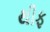
થીફ